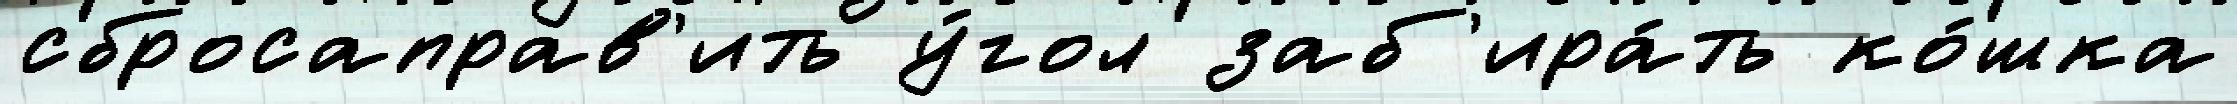
сбросаправ'ить у́гол заб'ира́ть ко́шка